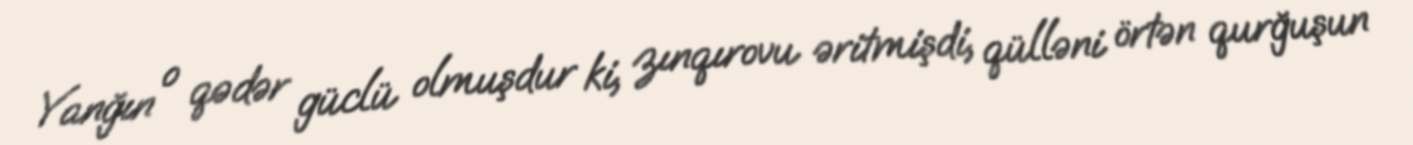
Yanğın o qədər güclü olmuşdur ki, zınqırovu əritmişdi, qülləni örtən qurğuşun